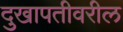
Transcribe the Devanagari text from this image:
दुखापतीवरील